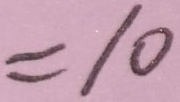
= 1 0